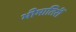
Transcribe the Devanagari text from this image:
भीमातिरीं